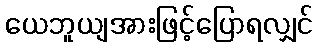
ယေဘူယျအားဖြင့်ပြောရလျှင်